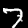
Label: 7